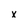
Character: x